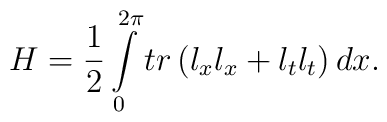
H=\frac 12\int\limits_0^{2\pi }tr\left( l_xl_x+l_tl_t\right) dx.